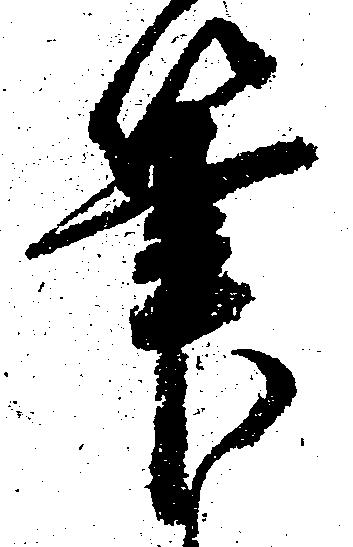
筆